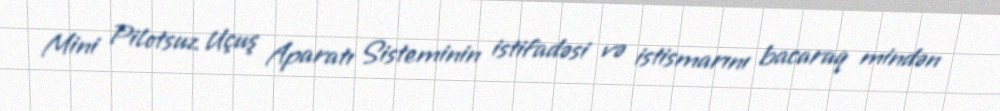
Mini Pilotsuz Uçuş Aparatı Sisteminin istifadəsi və istismarını bacaraq mindən